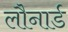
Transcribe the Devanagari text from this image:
लौनार्ड